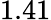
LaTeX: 1.41